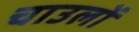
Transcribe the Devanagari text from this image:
चाउलों